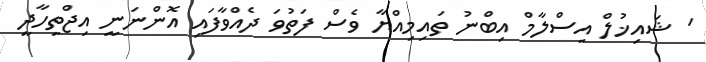
' ޝައިޚުލް އިސްލާމް އިބްނު ތައިމިއްޔާ ވެސް ފަތުވަ ދެއްވާފައި އޮންނަނީ އިޖްތިހާދީ